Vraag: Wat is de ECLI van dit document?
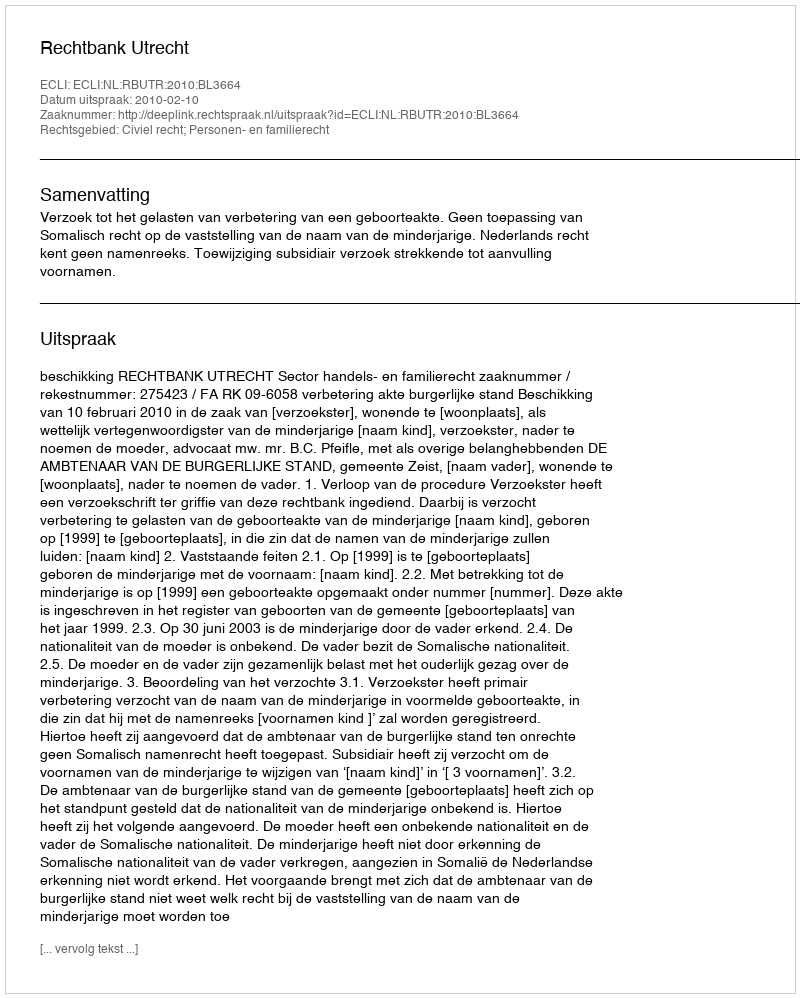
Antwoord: ECLI:NL:RBUTR:2010:BL3664